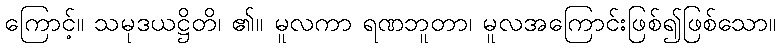
ကြောင့်။ သမုဒယဋ္ဌိတိ၊ ၏။ မူလကာ ရဏဘူတာ၊ မူလအကြောင်းဖြစ်၍ဖြစ်သော။